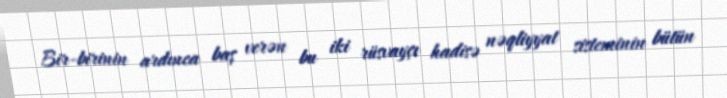
Bir-birinin ardınca baş verən bu iki rüsvayçı hadisə nəqliyyat sisteminin bütün